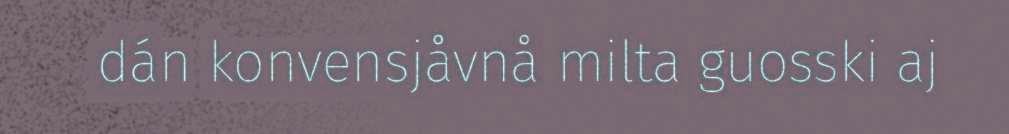
dán konvensjåvnå milta guosski aj